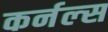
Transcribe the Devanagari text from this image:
कर्नल्‍स